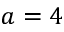
a = 4